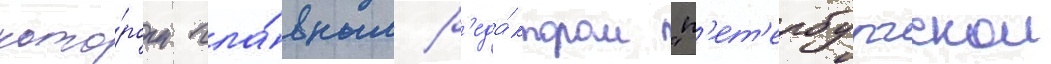
кото́ром гла́вным р'еда́ктором "п'ет'ербургскои